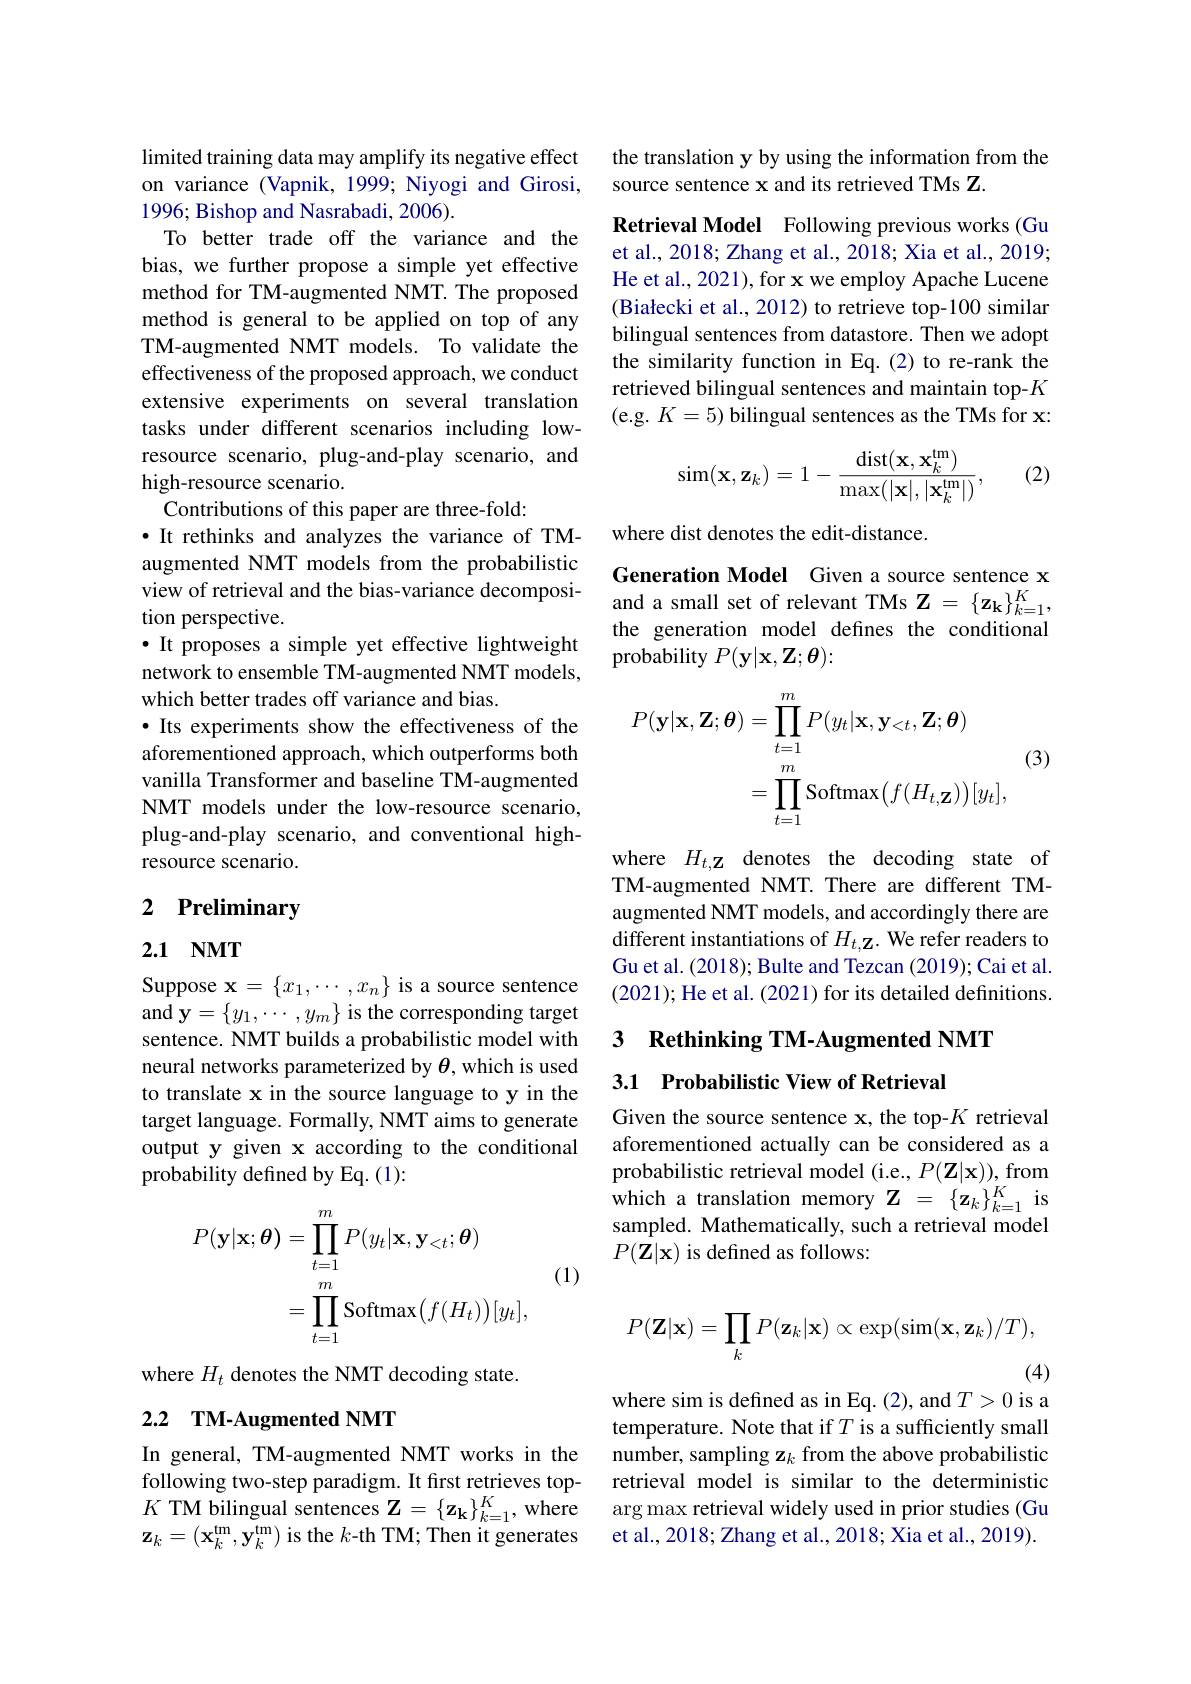
limited training data may amplify its negative effect on variance (Vapnik, 1999; Niyogi and Girosi, 1996; Bishop and Nasrabadi, 2006).
To better trade off the variance and the bias, we further propose a simple yet effective method for TM-augmented NMT. The proposed method is general to be applied on top of any TM-augmented NMT models. To validate the effectiveness of the proposed approach, we conduct extensive experiments on several translation tasks under different scenarios including lowresource scenario, plug-and-play scenario, and high-resource scenario.
Contributions of this paper are three-fold:
·It rethinks and analyzes the variance of TMaugmented NMT models from the probabilistic view of retrieval and the bias-variance decomposition perspective.
·It proposes a simple yet effective lightweight network to ensemble TM-augmented NMT models, which better trades off variance and bias.
·Its experiments show the effectiveness of the aforementioned approach, which outperforms both vanilla Transformer and baseline TM-augmented NMT models under the low-resource scenario, plug-and-play scenario, and conventional highresource scenario.

# 2 Preliminary

## 2.1 NMT

Suppose $\mathbf{x}=\{x_1,\cdots,x_n\}$ is a source sentence and $\mathbf{y}=\begin{Bmatrix}y_1,\cdots,y_m\end{Bmatrix}$ is the corresponding target sentence. NMT builds a probabilistic model with neural networks parameterized by $\theta$, which is used to translate x in the source language to y in the target language. Formally, NMT aims to generate output y given x according to the conditional probability defined by Eq. (1):
$$\begin{aligned}P(\mathbf{y}|\mathbf{x};\boldsymbol{\theta})&=\prod_{t=1}^{m}P(y_{t}|\mathbf{x},\mathbf{y}_{<t};\boldsymbol{\theta})\\&=\prod_{t=1}^{m}\mathrm{Softmax}\big(f(H_{t})\big)[y_{t}],\end{aligned}$$
(1)

where $H_t$ denotes the NMT decoding state.

## 2.2 $\textbf{TM- Augmented NMT}$

In general, TM-augmented NMT works in the following two-step paradigm. It first retrieves top- $K$ TM bilingual sentences $\mathbf{Z}=\{\mathbf{z_k}\}_{k=1}^K$, where $\mathbf{z}_k=\left(\mathbf{x}_k^{\mathrm{tm}},\mathbf{y}_k^{\mathrm{tm}}\right)$is the $k$-th TM; Then it generates

the translation y by using the information from the
source sentence x and its retrieved TMs Z.

Retrieval Model Following previous works (Gu et al., 2018; Zhang et al., 2018; Xia et al., 2019; He et al., 2021), for x we employ Apache Lucene (Białecki et al., 2012) to retrieve top-100 similar bilingual sentences from datastore. Then we adopt the similarity function in Eq.(2) to re-rank the retrieved bilingual sentences and maintain top-$K$ (e.g. $K=5)$ bilingual sentences as the TMs for x:
$$\sin(\mathbf{x},\mathbf{z}_{k})=1-\frac{\mathrm{dist}(\mathbf{x},\mathbf{x}_{k}^{\mathrm{tm}})}{\max(|\mathbf{x}|,|\mathbf{x}_{k}^{\mathrm{tm}}|)},$$
(2)

where dist denotes the edit-distance.
Generation Model Given a source sentence x and a small set of relevant TMs $\mathbf{Z}=\{\mathbf{z_k}\}_{k=1}^K$, the generation model defines the conditional probability $P(\mathbf{y}|\mathbf{x},\mathbf{Z};\boldsymbol{\theta}):$

(3)
$$\begin{aligned}P(\mathbf{y}|\mathbf{x},\mathbf{Z};\boldsymbol{\theta})&=\prod_{t=1}^{m}P(y_{t}|\mathbf{x},\mathbf{y}_{<t},\mathbf{Z};\boldsymbol{\theta})\\&=\prod_{t=1}^{m}\mathrm{Softmax}\big(f(H_{t,\mathbf{Z}})\big)[y_{t}],\end{aligned}$$
where $H_{t,\mathbf{Z}}$ denotes the decoding state of TM-augmented NMT. There are different TMaugmented NMT models, and accordingly there are different instantiations of $H_{t,\mathbf{Z}}.$ We refer readers to Gu et al. (2018); Bulte and Tezcan (2019); Cai et al. (2021); He et al. (2021) for its detailed definitions.

## 3 Rethinking TM-Augmented NMT 3.1 Probabilistic View of Retrieval

Given the source sentence x, the top-$K$ retrieval aforementioned actually can be considered as a probabilistic retrieval model (i.e., $P(\mathbf{Z}|\mathbf{x}))$, from which a translation memory $\mathbf{Z}=\{\mathbf{z}_k\}_{k=1}^K$ is sampled. Mathematically, such a retrieval model $P(\mathbf{Z}|\mathbf{x})$ is defined as follows:
$$P(\mathbf{Z}|\mathbf{x})=\prod_kP(\mathbf{z}_k|\mathbf{x})\propto\exp(\sin(\mathbf{x},\mathbf{z}_k)/T),$$
(4)

where sim is defined as in Eq. (2), and $T>0$ is a temperature. Note that if $T$ is a sufficiently small number, sampling z$_k$ from the above probabilistic retrieval model is similar to the deterministic arg max retrieval widely used in prior studies (Gu et al., 2018; Zhang et al., 2018; Xia et al., 2019).